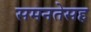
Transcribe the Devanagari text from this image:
समनतेसह